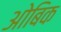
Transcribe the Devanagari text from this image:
ओबिक